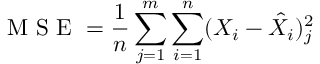
\mathrm { ~ M ~ S ~ E ~ } = \frac { 1 } { n } \sum _ { j = 1 } ^ { m } \sum _ { i = 1 } ^ { n } ( X _ { i } - \hat { X } _ { i } ) _ { j } ^ { 2 }